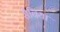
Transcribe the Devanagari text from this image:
सैबिया